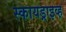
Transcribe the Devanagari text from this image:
स्कायड्राइव्ह